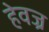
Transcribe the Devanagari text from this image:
हेवज्र